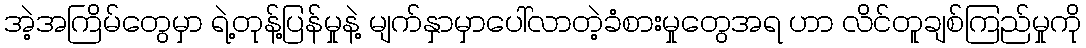
အဲ့အကြိမ်တွေမှာ ရဲ့တုန့်ပြန်မှုနဲ့ မျက်နှာမှာပေါ်လာတဲ့ခံစားမှုတွေအရ ဟာ လိင်တူချစ်ကြည်မှုကို